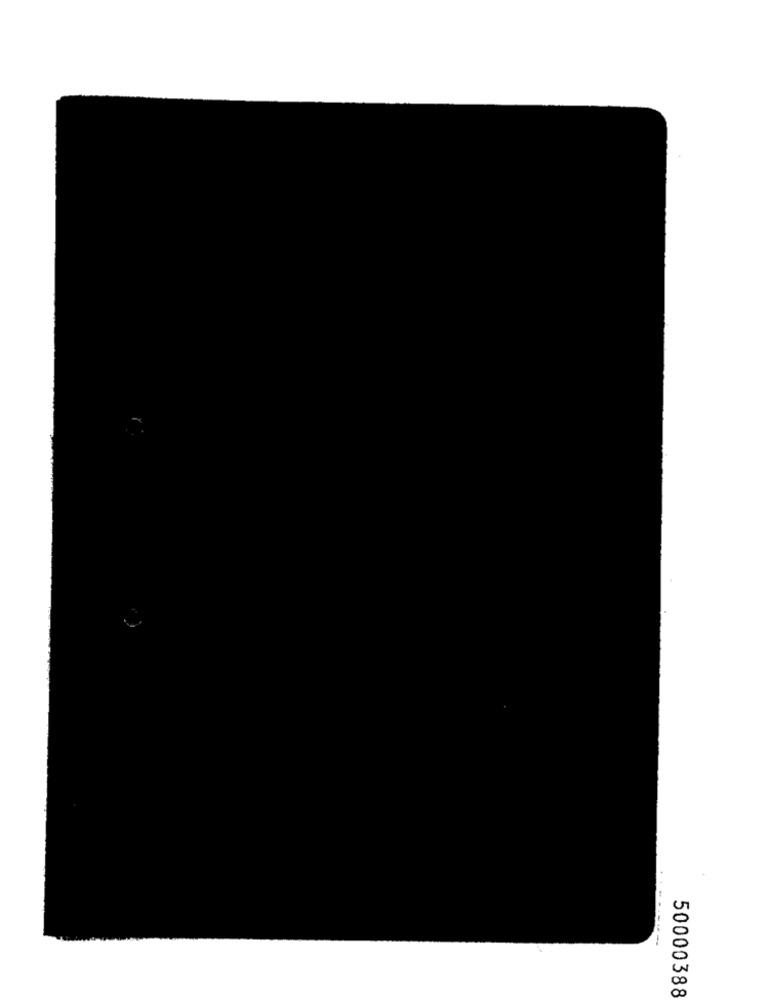
50000388